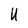
Character: U